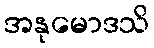
အနုမောဒသိ